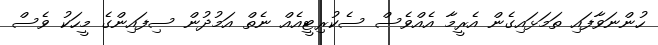
ހުންނަވާފައި ތަމަޅައިގެން އެރީމާ އެއްވެސް ސެކުރިޓީއެއް ނެތް އަމުދުން ސިފައިންގެ މީހަކު ވެސް